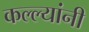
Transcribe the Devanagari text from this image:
कल्ल्यांनी